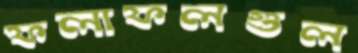
ফলাফলগুল